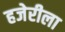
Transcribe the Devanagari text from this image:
हजेरीला